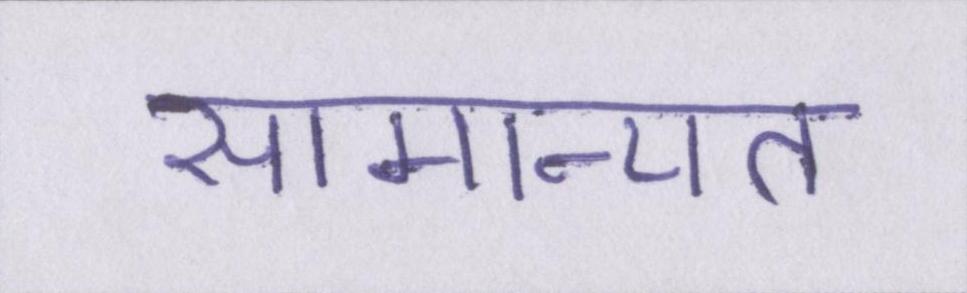
सामान्यत